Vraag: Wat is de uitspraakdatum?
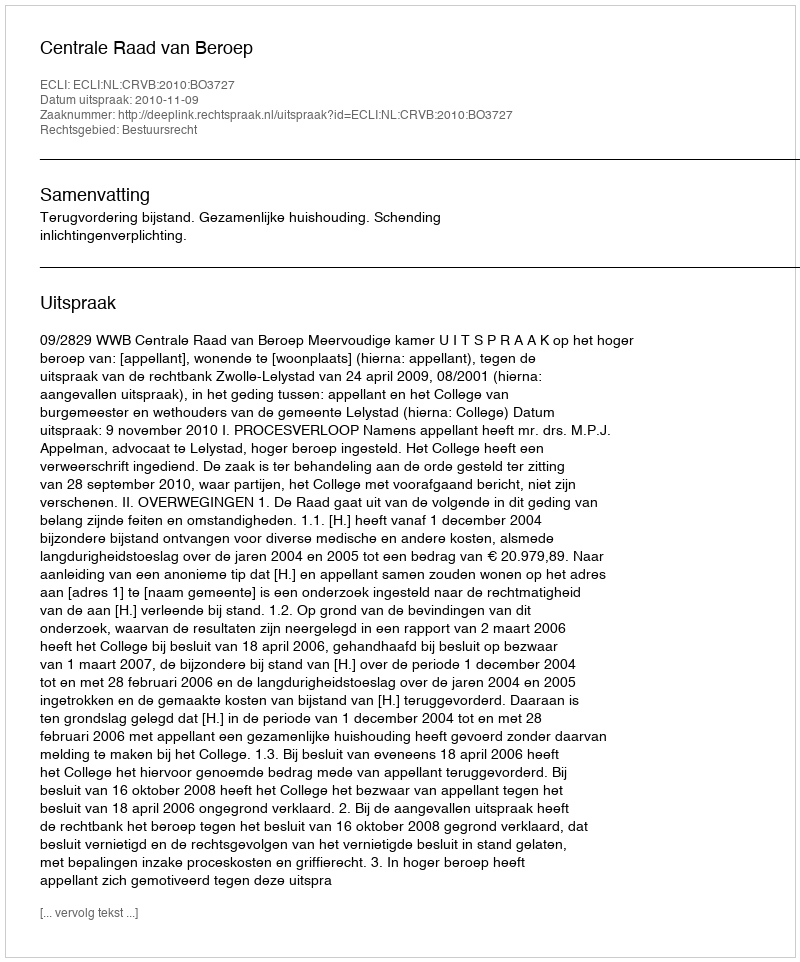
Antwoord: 2010-11-09